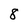
Character: 8